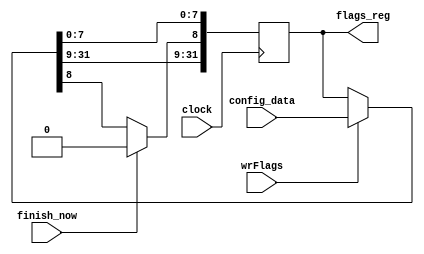
module flags (
  input  wire        clock,
  input  wire        wrFlags,
  input  wire [31:0] config_data,
  input  wire        finish_now,
  output reg  [31:0] flags_reg
);

reg [31:0] next_flags_reg;

//
// Write flags register...
//
initial flags_reg = 0;
always @(posedge clock) 
flags_reg <= next_flags_reg;

always @*
begin
  next_flags_reg = (wrFlags) ? config_data : flags_reg;
  if (finish_now) next_flags_reg[8] = 1'b0;
end
endmodule